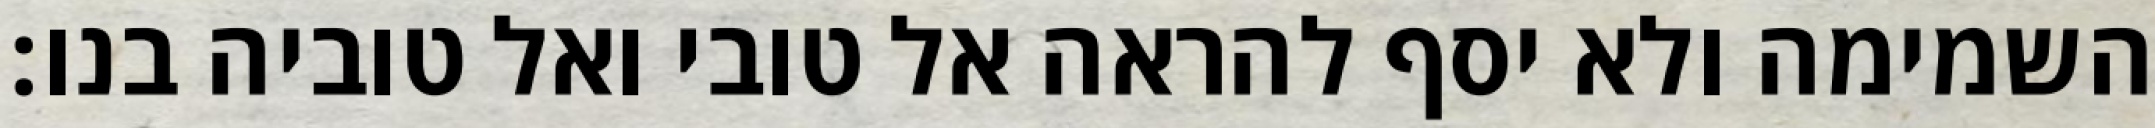
השמימה ולא יסף להראה אל טובי ואל טוביה בנו: